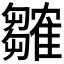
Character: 𬯲